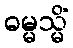
ဓမ္မသ္မိံ